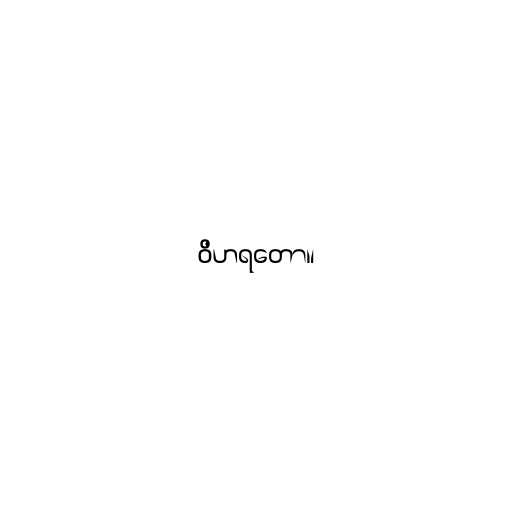
ဝိဟရတော။